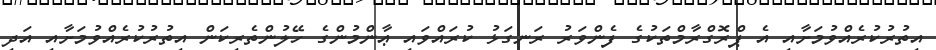
އިތުރުކުރެއްވުމަށާއި އެ ޕްރޮގްރާމްތަކުގެ ފެންވަރު ރަނގަޅު ކުރައްވައި ޢާންމުންގެ ހޭލުންތެރިކަން އިތުރުކުރެއްވުމަށާއި އަދި